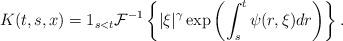
LaTeX: \begin{align*} K(t,s,x)=1_{s<t}\mathcal{F}^{-1} \left\{ |\xi|^{\gamma} \exp\left(\int_{s}^{t} \psi(r,\xi) dr\right) \right\}.\end{align*}